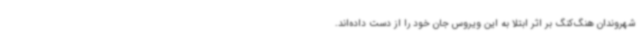
شهروندان هنگ‌کنگ بر اثر ابتلا به این ویروس جان خود را از دست داده‌اند.